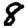
Digit: 8